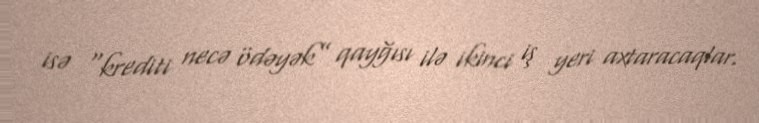
isə “krediti necə ödəyək” qayğısı ilə ikinci iş yeri axtaracaqlar.